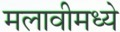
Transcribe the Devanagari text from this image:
मलावीमध्ये